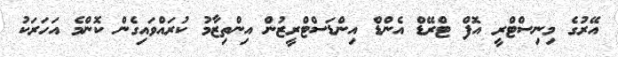
އޭރުގެ މިނިސްޓްރީ އޮފް ޓްރޭޑް އެންޑް އިންޑަސްޓްރީޒުން އިންތިޒާމު ކުރައްވައިގެން ކޮންމެ އަހަރަކު